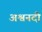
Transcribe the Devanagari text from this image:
अश्वनदी